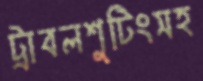
ট্রাবলশুটিংসহ